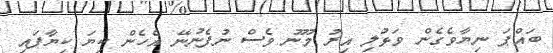
ބައްޕަ ނިޔާވެގެން ވަޅުލި އިރު މޫނު ވެސް ނުފެނުނޭ އެހެން ކިޔަ ކިޔާފައި